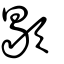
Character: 歇